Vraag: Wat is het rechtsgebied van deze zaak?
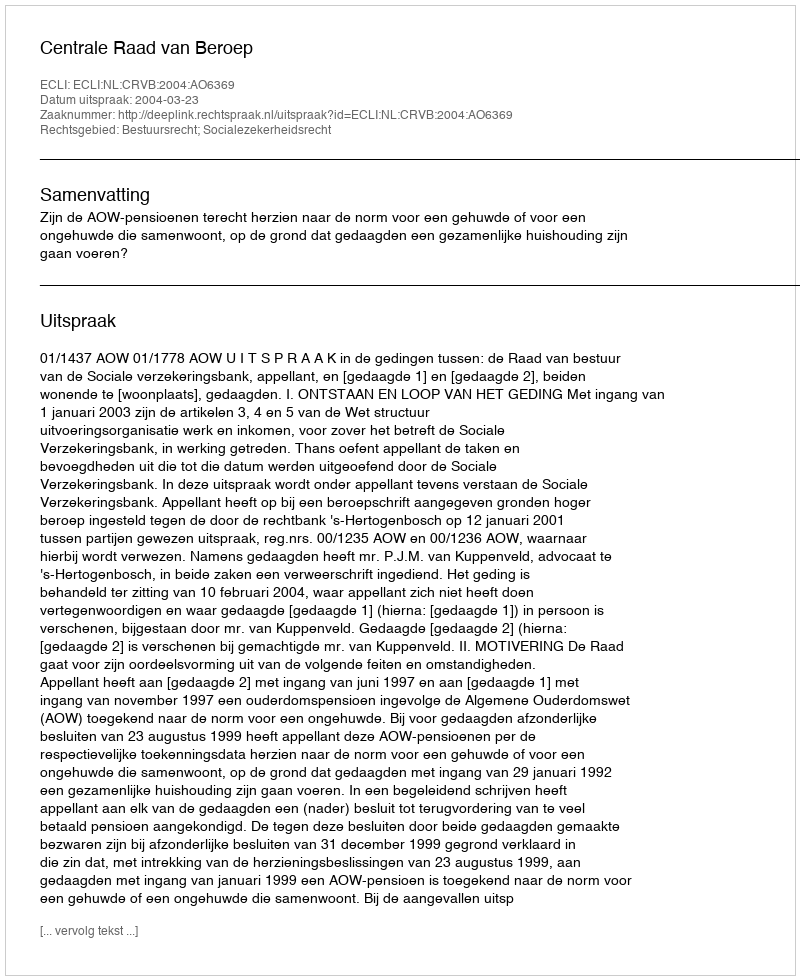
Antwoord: Bestuursrecht; Socialezekerheidsrecht